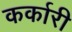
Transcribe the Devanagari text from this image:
कर्कारी